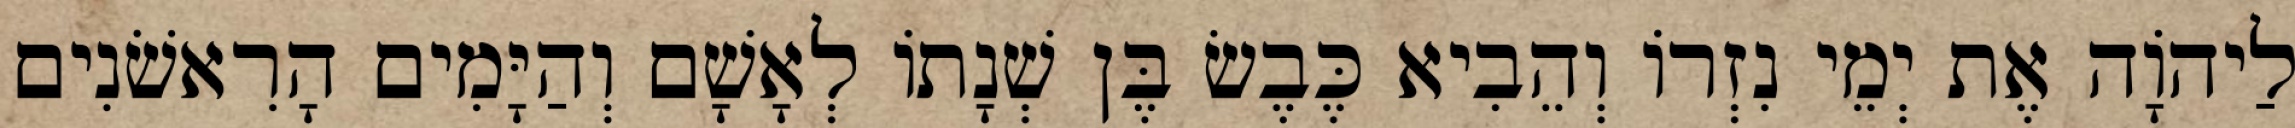
לַיהוָֹה אֶת יְמֵי נִזְרוֹ וְהֵבִיא כֶּבֶשׂ בֶּן שְׁנָתוֹ לְאָשָׁם וְהַיָּמִים הָרִאשֹׁנִים